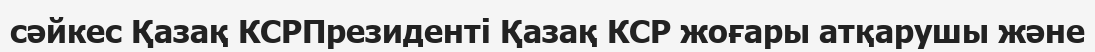
сәйкес Қазақ КСРПрезиденті Қазақ КСР жоғары атқарушы және